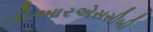
વીઆરએસસીબી